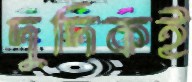
দুদিকই